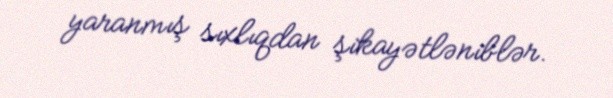
yaranmış sıxlıqdan şikayətləniblər.